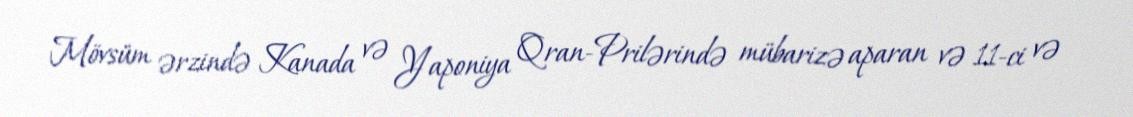
Mövsüm ərzində Kanada və Yaponiya Qran-Prilərində mübarizə aparan və 11-ci və